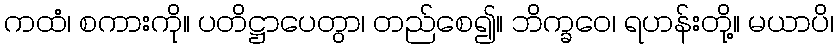
ကထံ၊ စကားကို။ ပတိဋ္ဌာပေတွာ၊ တည်စေ၍။ ဘိက္ခဝေ၊ ရဟန်းတို့။ မယာပိ၊